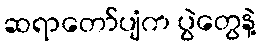
ဆရာတော်ပျံက ပွဲတွေနဲ့